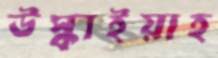
উস্‌কাইয়াহ